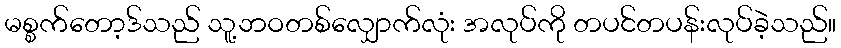
မစ္စက်တော့ဒ်သည် သူ့ဘဝတစ်လျှောက်လုံး အလုပ်ကို တပင်တပန်းလုပ်ခဲ့သည်။